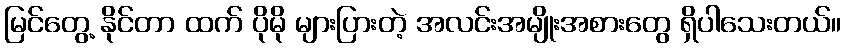
မြင်တွေ့ နိုင်တာ ထက် ပိုမို များပြားတဲ့ အလင်းအမျိုးအစားတွေ ရှိပါသေးတယ်။